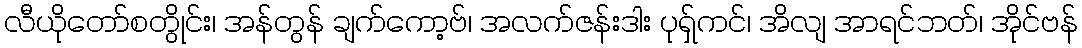
လီယိုတော်စတွိုင်း၊ အန်တွန် ချက်ကော့ဗ်၊ အလက်ဇန်းဒါး ပုရှ်ကင်၊ အိလျ အာရင်ဘတ်၊ အိုင်ဗန်